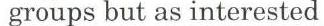
groups but as interested